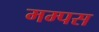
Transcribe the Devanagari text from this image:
मम्पस